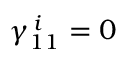
\gamma _ { 1 1 } ^ { \, i } = 0